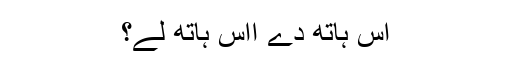
اس ہاتھ دے اُاس ہاتھ لے؟